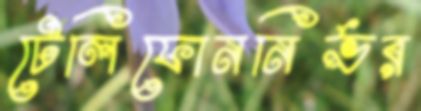
টেলিফোননির্ভর